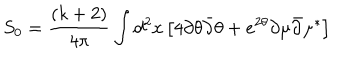
S _ { 0 } = \frac { ( k + 2 ) } { 4 \pi } \int d ^ { 2 } x \left[ 4 \partial \theta { \bar { \partial } } \theta + e ^ { 2 \theta } \partial \mu { \bar { \partial } } \mu ^ { \ast } \right]